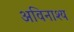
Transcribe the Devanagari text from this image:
अविनाश्य